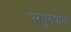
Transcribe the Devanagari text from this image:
परपुरुषाने